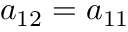
a _ { 1 2 } = a _ { 1 1 }